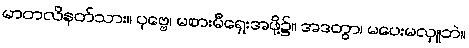
မာတလိနတ်သား။ ပုဗ္ဗေ၊ မစားမီရှေးအဖို့၌။ အဒတွာ၊ မပေးမလှူဘဲ။